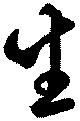
生